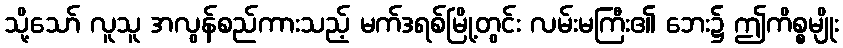
သို့သော် လူသူ အလွန်စည်ကားသည့် မက်ဒရစ်မြို့တွင်း လမ်းမကြီး၏ ဘေး၌ ဤကိစ္စမျိုး